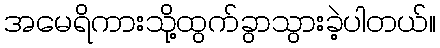
အမေရိကားသို့ထွက်ခွာသွားခဲ့ပါတယ်။